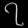
Digit: ၇